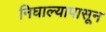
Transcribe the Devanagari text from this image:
निघाल्यापासून